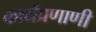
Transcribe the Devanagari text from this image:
कार्यप्रणाणी